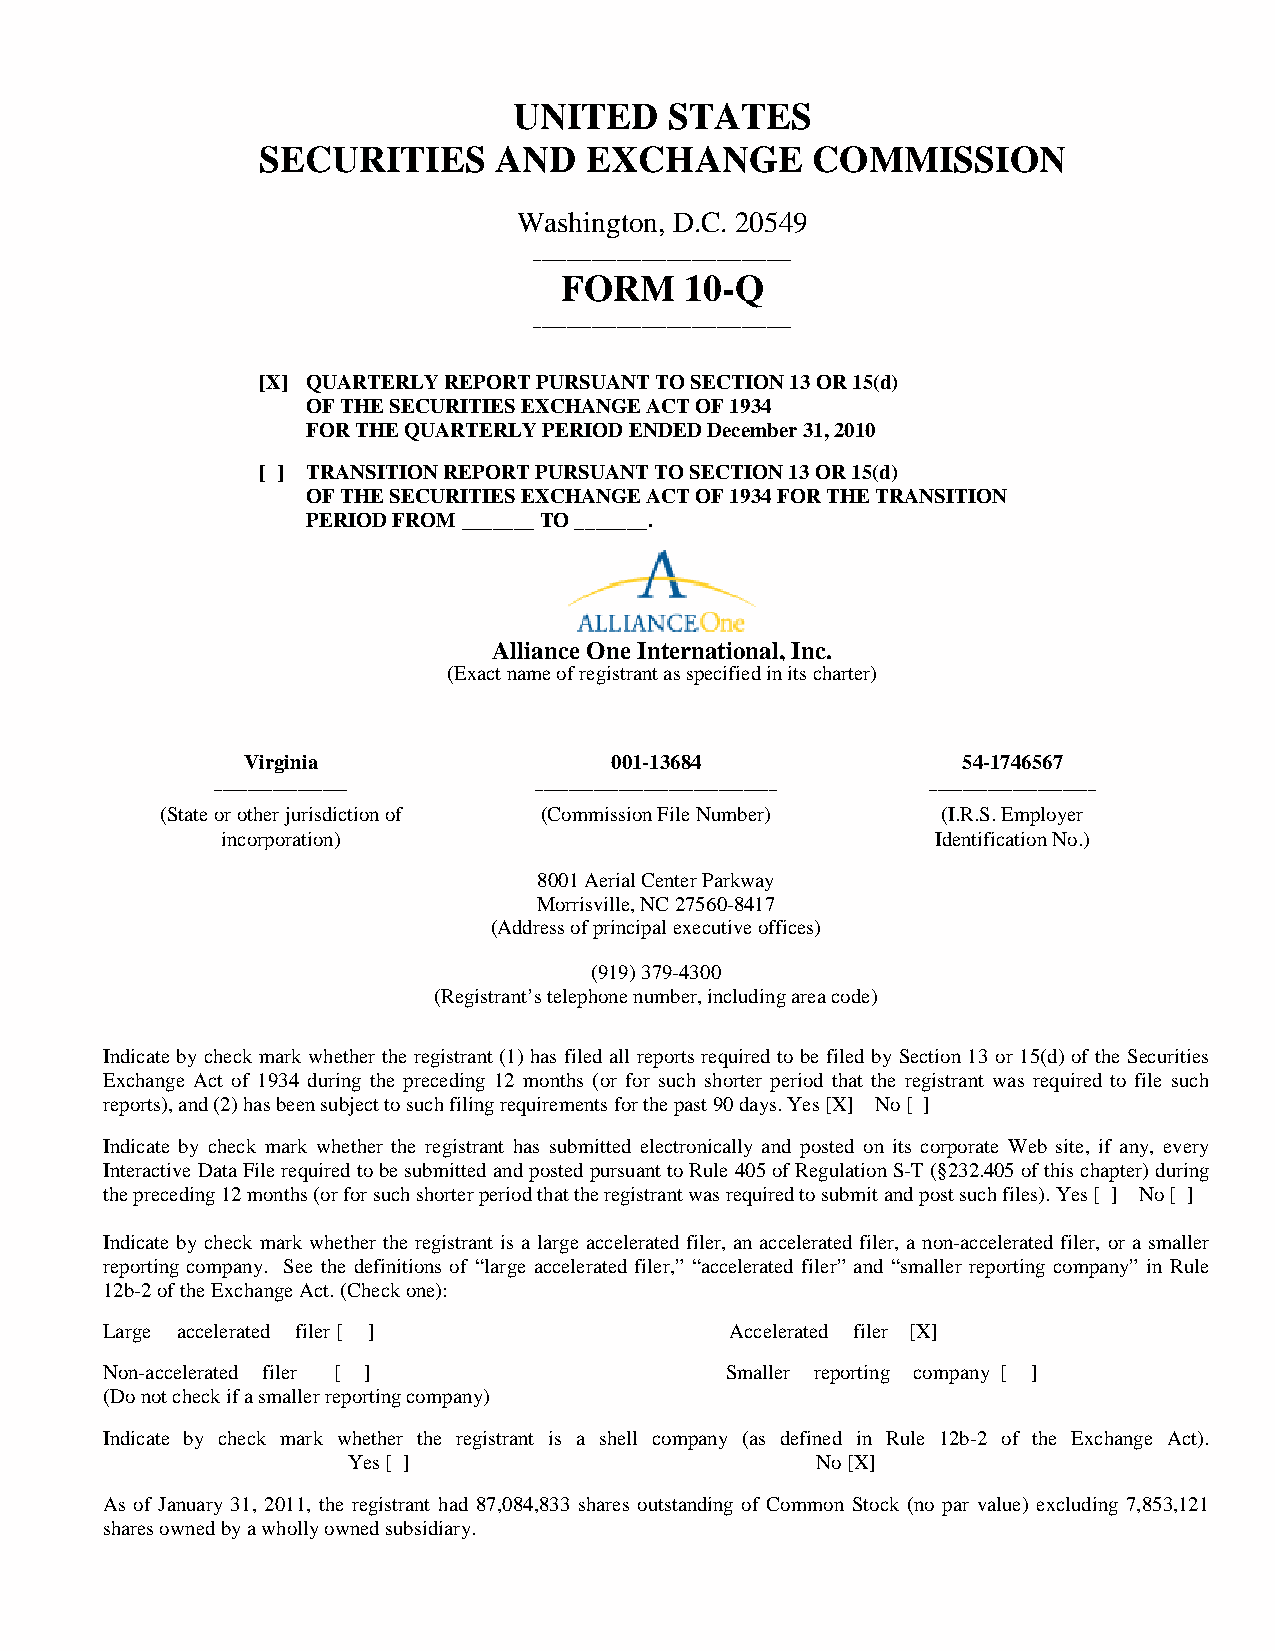
UNITED    STATES
 SECURITIES      AND   EXCHANGE       COMMISSION
 Washington, D.C. 20549
 ________________ _______________
 FORM    10-Q
 ________________ _______________
 [X] QUARTERLY REPORT PURSUANT TO SECTION 13 OR 15(d)
 OF THE SECURITIES EXCHANGE ACT OF 1934
 FOR THE QUARTERLY PERIOD ENDED December 31, 2010
 [ ] TRANSITION REPORT PURSUANT TO SECTION 13 OR 15(d)
 OF THE SECURITIES EXCHANGE ACT OF 1934 FOR THE TRANSITION
 PERIOD FROM _______ TO _______.
 Alliance One International, Inc.
 (Exact name of registrant as specified in its charter)
 Virginia                001-13684               54-1746567
 ________________     _____________________________ ____________________
 (State or other jurisdiction of (Commission File Number) (I.R.S. Employer
 incorporation)                                 Identification No.)
 8001 Aerial Center Parkway
 Morrisville, NC 27560-8417
 (Address of principal executive offices)
 (919) 379-4300
 (Registrant’s telephone number, including area code)
 Indicate by check mark whether the registrant (1) has filed all reports required to be filed by Section 13 or 15(d) of the Securities
 Exchange Act of 1934 during the preceding 12 months (or for such shorter period that the registrant was required to file such
 reports), and (2) has been subject to such filing requirements for the past 90 days. Yes [X] No [ ]
 Indicate by check mark whether the registrant has submitted electronically and posted on its corporate Web site, if any, every
 Interactive Data File required to be submitted and posted pursuant to Rule 405 of Regulation S-T (§232.405 of this chapter) during
 the preceding 12 months (or for such shorter period that the registrant was required to submit and post such files). Yes [ ] No [ ]
 Indicate by check mark whether the registrant is a large accelerated filer, an accelerated filer, a non-accelerated filer, or a smaller
 reporting company. See the definitions of “large accelerated filer,” “accelerated filer” and “smaller reporting company” in Rule
 12b-2 of the Exchange Act. (Check one):
 Large accelerated filer [ ]              Accelerated filer [X]
 Non-accelerated filer [ ]                Smaller reporting company [ ]
 (Do not check if a smaller reporting company)
 Indicate by check mark whether the registrant is a shell company (as defined in Rule 12b-2 of the Exchange Act).
 Yes [ ]                        No [X]
 As of January 31, 2011, the registrant had 87,084,833 shares outstanding of Common Stock (no par value) excluding 7,853,121
 shares owned by a wholly owned subsidiary.